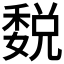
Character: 𥡉